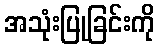
အသုံးပြုခြင်းကို